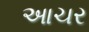
આચર